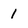
Character: 1